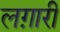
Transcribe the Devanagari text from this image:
लग़ारी